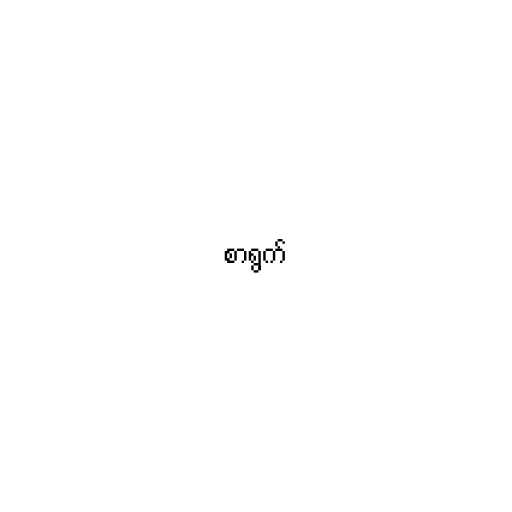
စာရွက်